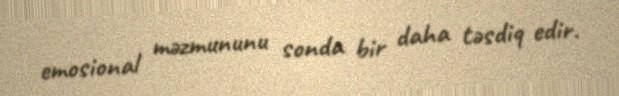
emosional məzmununu sonda bir daha təsdiq edir.